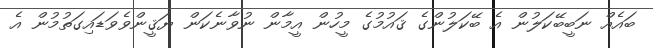
ބައެއް ނަބީބޭކަލުން އެ ބޭކަލުންގެ ޤައުމުގެ މީހުން އީމާން ނުވާނެކަން ޔަޤީންވެވަޑައިގަތުމުން އެ